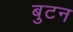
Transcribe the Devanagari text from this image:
बुटन